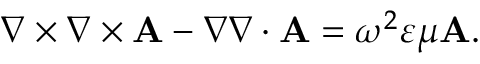
\begin{array} { r } { \nabla \times \nabla \times \mathbf { A } - \nabla \nabla \cdot \mathbf { A } = \omega ^ { 2 } \varepsilon \mu \mathbf { A } . } \end{array}